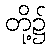
တို့၌